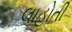
લાહોતી